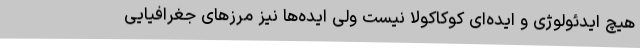
هیچ ایدئولوژی و ایده‌ای کوکاکولا نیست ولی ایده‌ها نیز مرزهای جغرافیایی